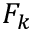
F _ { k }